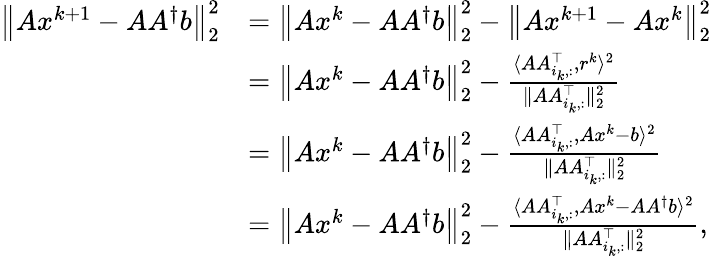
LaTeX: \begin{array}{rl}{\left\| Ax^{k+1}-AA^{\dagger}b\right\| _{2}^{2}}&{=\left\| Ax^{k}-AA^{\dagger}b\right\| _{2}^{2}-\left\| Ax^{k+1}-Ax^{k}\right\| _{2}^{2}}\\ &{=\left\| Ax^{k}-AA^{\dagger}b\right\| _{2}^{2}-\frac{\langle AA_{i_{k},:}^{\top},r^{k}\rangle^{2}}{\| AA_{i_{k},:}^{\top}\| _{2}^{2}}}\\ &{=\left\| Ax^{k}-AA^{\dagger}b\right\| _{2}^{2}-\frac{\langle AA_{i_{k},:}^{\top},Ax^{k}-b\rangle^{2}}{\| AA_{i_{k},:}^{\top}\| _{2}^{2}}}\\ &{=\left\| Ax^{k}-AA^{\dagger}b\right\| _{2}^{2}-\frac{\langle AA_{i_{k},:}^{\top},Ax^{k}-AA^{\dagger}b\rangle^{2}}{\| AA_{i_{k},:}^{\top}\| _{2}^{2}},}\end{array}